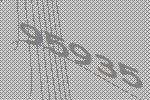
95935